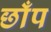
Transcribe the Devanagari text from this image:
छाँप